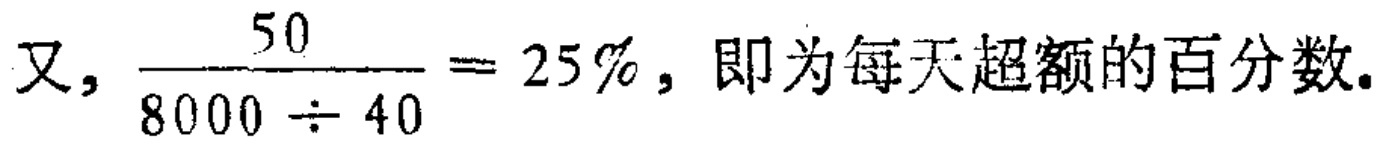
又, \(\frac{50}{8000\div40}=25\%\), 即为每天超额的百分数.